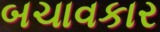
બચાવકાર